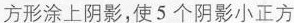
方形涂上阴影，使5个阴影小正方